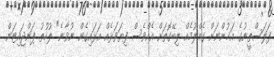
ފަލަސްތީނުގެ އަޚުންނަށް ގެއްލުމެއް ލިބޭގޮތަށް އެއްވެސް ފިޔަވަޅެއް އަޅައިގެން ނުވާނެ" ލުހުތު ޕަންޖައިޓަން